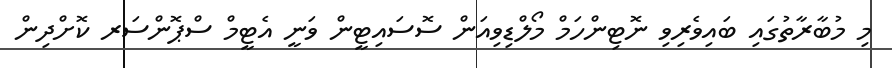
މި މުބާރާތުގައި ބައިވެރިވި ނޮޓިންހަމް މޯލްޑިވިއަން ސޮސައިޓީން ވަނީ އެޓީމް ސްޕޮންސަރ ކޮށްދިން